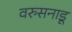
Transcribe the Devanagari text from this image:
वरुसनाडू